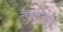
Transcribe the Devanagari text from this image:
तडजोडीसाठी